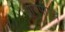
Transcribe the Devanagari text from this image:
आयपीएच